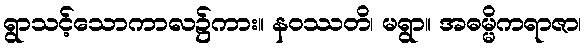
ရွာသင့်သောကာလ၌ကား။ နဝဿတိ၊ မရွာ။ အဓမ္မိကရာဇာ၊